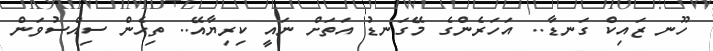
ހޫނ ޒައިކް ގަނޑާ.. އަހަރެންގެ މޭގަނޑު އަތަށް ނައީ ކިރިޔާއޭ.. ތިހެން ސިއްސުވަން